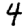
Digit: 4